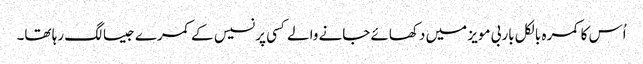
اُس کا کمرہ بالکل باربی مویز میں دکھائے جانے والے کسی پرنسیس کے کمرے جیسا لگ رہا تھا۔